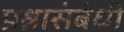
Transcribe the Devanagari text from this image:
प्रश्नासंबंधी